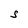
Character: S